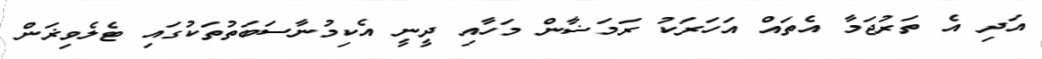
އަދި އެ ތަރުޖަމާ އެތައް އަހަރަކު ރަމަޟާން މަހާއި ދީނީ އެކިމުނާސަބަތުތަކުގައި ޓެލެވިޜަން